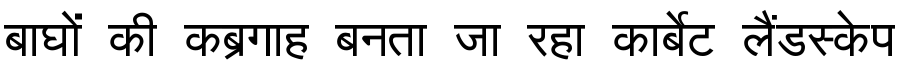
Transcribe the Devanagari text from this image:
बाघों की कब्रगाह बनता जा रहा कार्बेट लैंडस्केप